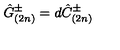
\hat { G } _ { ( 2 n ) } ^ { \pm } = d \hat { C } _ { ( 2 n ) } ^ { \pm }